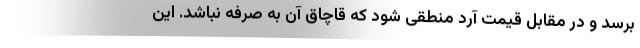
برسد و در مقابل قیمت آرد منطقی شود که قاچاق آن به صرفه نباشد. این